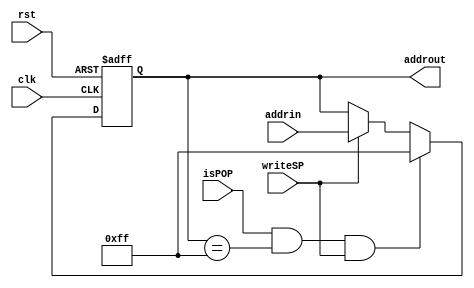
module StackPointer(clk,rst,writeSP,addrin,addrout,isPOP);
input clk,rst,writeSP;
input [7:0] addrin;
input isPOP;
output [7:0] addrout;
reg [7:0] stackaddress;
assign addrout = stackaddress;
always@(negedge(clk),negedge(rst)) begin
    if(!rst)
        stackaddress <= 8'hff;//last address, decrement for push, increment for pop
    else begin
        if(isPOP && stackaddress == 8'hff && writeSP)
            stackaddress <= 8'hff;
        else if(writeSP)
            stackaddress <= addrin;
    end
end
endmodule